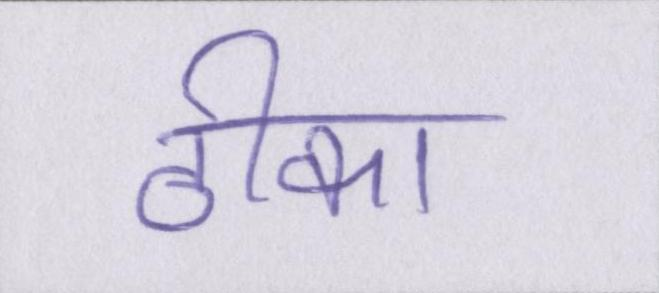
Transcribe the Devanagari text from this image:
ठीका